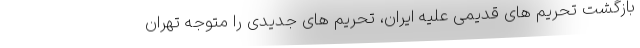
بازگشت تحریم های قدیمی علیه ایران، تحریم های جدیدی را متوجه تهران